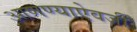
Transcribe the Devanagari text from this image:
आणण्याऐवजी